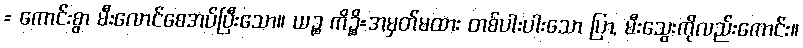
= ကောင်းစွာ မီးလောင်စေအပ်ပြီးသော။ ယဉ္စ ကိဉ္စိ=အမှတ်မထား တစ်ပါးပါးသော ပြာ, မီးသွေးကိုလည်းကောင်း။